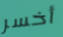
أخسر